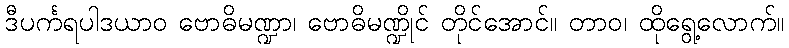
ဒီပင်္ကရပါဒယာဝ ဗောဓိမဏ္ဍာ၊ ဗောဓိမဏ္ဍိုင် တိုင်အောင်။ တာဝ၊ ထိုရွေ့လောက်။